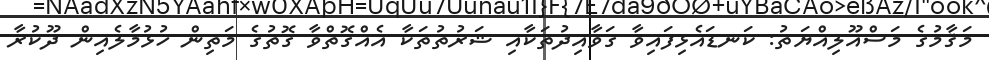
މަޤާމުގެ މަސްއޫލިއްޔަތު: ކަނޑައެޅިފައިވާ ގަވާއިދުތަކާއި ޝަރުތުތަކާ އެއްގޮތްވާ ގޮތުގެ މަތިން ހުޅުމާލެއިން ދޫކުރާ